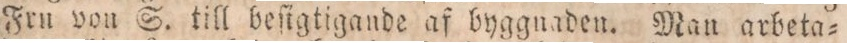
Frn von S. till beſigtigande af byggnaden. Man arbeta=